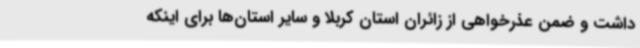
داشت و ضمن عذرخواهی از زائران استان کربلا و سایر استان‌ها برای اینکه